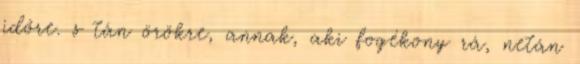
időre. s tán örökre, annak, aki fogékony rá, netán